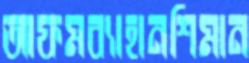
আফমব্যাহানশিমান